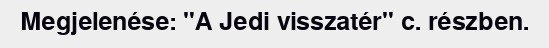
Megjelenése: "A Jedi visszatér" c. részben.